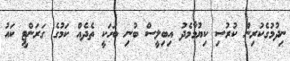
ނިދުމުގެކުރިން ކުރުސި ކިޔުމާމެދު އިބިލީސް ބުނި ބަހަކީ ތެދެއް ކަމުގެ ގަރަންޓީ ކައު